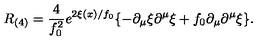
R _ { ( 4 ) } = \frac { 4 } { f _ { 0 } ^ { 2 } } e ^ { 2 \xi ( x ) / f _ { 0 } } \{ - \partial _ { \mu } \xi \partial ^ { \mu } \xi + f _ { 0 } \partial _ { \mu } \partial ^ { \mu } \xi \} .